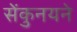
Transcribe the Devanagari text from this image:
सेंकुनयने